Report on vaccination in Madras 1904-1921 - 1904-1921
Year: 1904
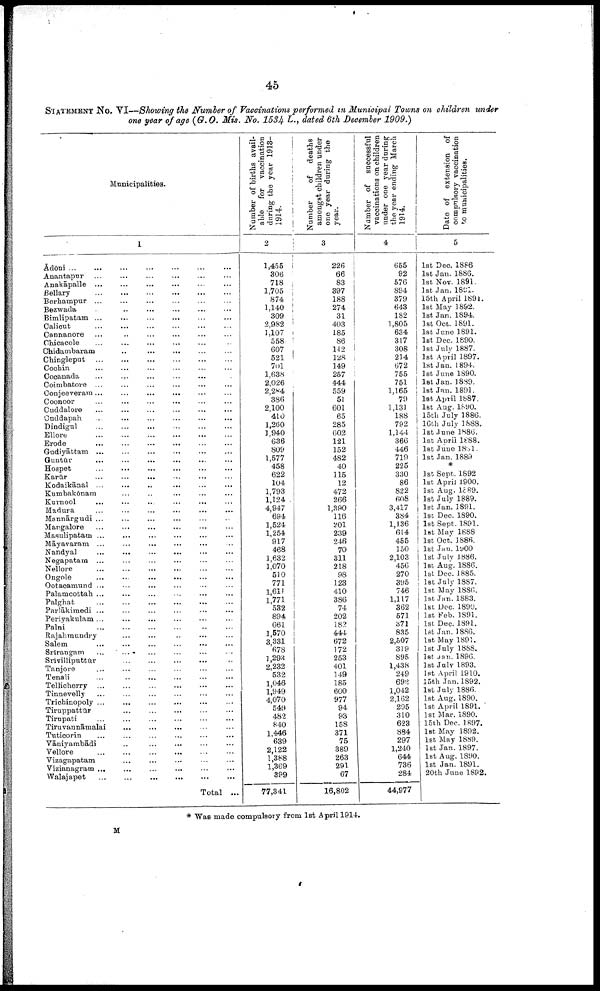
45
STATEMENT No. VI—Showing the Number of Vaccinations performed in Municipal Towns on children under
one year of age (G.O. Mis. No. 1534 L., dated 6th December 1909.)
Municipalities.
1
Ādōni ... ... ... ... ... ... ...
Anantapur
...
...
...
...
...
...
Anakāpalle
...
...
...
...
...
...
Bellary
...
...
...
...
...
...
Berhampur
...
...
...
...
...
...
Bezwada
...
...
...
...
...
...
Bimlipatam
...
...
...
...
...
...
Calicut ... ... ... ... ... ...
Cannanore ... ... ... ... ... ...
Chicacole
...
...
...
...
...
...
Chidambaram ... ... ... ... ... ...
Chingleput
...
...
...
...
...
...
Cochin ... ... ... ... ... ...
Cocanada ... ... ... ... ... ...
Coimbatore ... ... ... ... ... ...
Conjeeveram ... ... ... ... ... ...
Coonoor
...
...
...
...
...
...
Cuddalore ... ... ... ... ... ...
Cuddapah
...
...
...
...
...
...
Dindigul ... ... ... ... ... ...
Ellore
...
...
...
...
...
...
Erode
...
...
...
...
...
...
Gudiyāttam
...
...
...
...
...
...
Guntūr
...
...
...
...
...
...
Hospet
...
...
...
...
...
...
Karūr
...
...
...
...
...
...
Kodaikānal
...
...
...
...
...
...
Kumbakōnam ... ... ... ... ... ...
Kurnool ... ... ... ... ... ...
Madura ... ... ... ... ... ...
Mannārgudi ... ... ... ... ... ...
Mangalore ... ... ... ... ... ...
Masulipatam ... ... ... ... ... ...
Māyavaram ... ... ... ... ... ...
Nandyal
...
...
...
...
...
...
Negapatam ... ... ... ... ... ...
Nellore ... ... ... ... ... ...
Ongole ... ... ... ... ... ...
Ootacamund ... ... ... ... ... ...
Palamcottah ... ... ... ... ... ...
Palghat
...
...
...
...
...
...
Parlākimedi ... ... ... ... ... ...
Periyakulam ... ... ... ... ... ...
Palni
...
...
...
...
...
...
Rajahmundry ... ... ... ... ... ...
Salem ... ... ... ... ... ...
Srirangam ... ... ... ... ... ...
Srivilliputtūr ... ... ... ... ... ...
Tanjore
...
...
...
...
...
...
Tenali
...
...
...
...
...
...
Tellicherry ... ... ... ... ... ...
Tinnevelly
...
...
...
...
...
...
Trichinopoly ... ... ... ... ... ...
Tiruppattūr ... ... ... ... ... ...
Tirupati ... ... ... ... ... ...
Tiruvannāmalai ... ... ... ... ... ...
Tuticorin
...
...
...
...
...
...
Vāniyambādi ... ... ... ... ... ...
Vellore
...
...
...
...
...
...
Vizagapatam ... ... ... ... ... ...
Vizianagram ... ... ... ... ... ...
Walajapet
...
...
...
...
...
...
Total ...
Number of births avail
able for vaccination
during the year 1913-
1914.
2
1,455
306
718
1,705
874
1,140
309
2,982
1,107
558
607
521
701
1,638
2,026
2,284
386
2,100
410
1,260
1,940
636
809
1,577
458
622
104
1,793
1,124
4,947
694
1,524
1,254
917
468
1,632
1,070
510
771
1,611
1,771
532
894
661
1,570
3,331
678
1,293
2,232
532
1,046
1,949
4,070
549
482
840
1,446
639
2,122
1,388
1,369
399
77,341
Number of
deaths
amongst children under
one year during the
year.
3
226
66
83
397
188
274
31
403
185
86
142
128
149
257
444
559
51
601
65
285
602
121
152
482
40
115
12
472
266
1,390
116
201
239
246
70
311
218
98
123
410
386
74
202
182
444
672
172
253
401
149
185
600
977
94
93
158
371
75
389
263
291
67
16,802
Number of successful
vaccinations on children
under one year during
the year ending March
1914.
4
655
92
576
894
379
643
182
1,805
634
317
308
214
672
755
751
1,165
79
1,131
188
792
1,144
366
446
719
225
330
86
822
608
3,417
384
1,136
614
455
150
2,103
456
270
395
746
1,117
362
571
371
835
2,507
319
895
1,438
249
692
1,042
2,162
295
310
623
884
297
1,240
644
736
284
44,977
Date of extension of
compulsory vaccination
to municipalities.
5
1st Dec. 1886
1st Jan. 1886.
1st Nov. 1891.
1st Jan. 1891.
15th April 1891.
1st May 1892.
1st Jan. 1894.
1st Oct. 1891.
1st June 1891.
1st Dec. 1890.
1st July 1887.
1st April 1897.
1st Jan. 1894.
1st June 1890.
1st Jan. 1889.
1st Jan. 1891.
1st April 1887.
1st Aug. 1890.
15th July 1886.
16th July 1888.
1st June 1886.
1st April 1888.
1st June 1891.
1st Jan.1889
*
1st Sept. 1892
1st April 1900.
1st Aug. 1889.
1st July 1889.
1st Jan. 1891.
1st Dec. 1890.
1st Sept. 1891.
1st May 1888
1st Oct. 1886.
1st Jan. 1900
1st July 1886.
1st Aug. 1886.
1st Dec. 1885.
1st July 1887.
1st May 1886.
1st Jan. 1883.
1st Dec. 1890.
1st Feb. 1891.
1st Dec. 1891.
1st Jan. 1886.
1st May 1891.
1st July 1888.
1st Jan. 1896.
1st July 1893.
1st April 1910.
15th Jan. 1892.
1st July 1886.
1st Aug. 1890.
1st April 1891.
1st Mar. 1890.
15th Dec. 1897.
1st May 1892.
1st May 1889.
1st Jan. 1897.
1st Aug. 1890.
1st Jan. 1891.
20th June 1892.
* Was made compulsory from 1st April 1914.
M